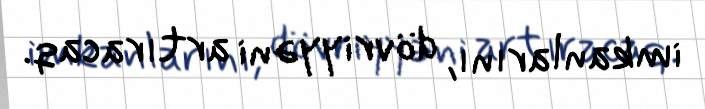
imkanlarını, dövriyyəni artıracaq.